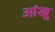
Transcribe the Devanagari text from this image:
आंखू